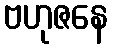
ဗဟုဇနေ